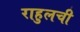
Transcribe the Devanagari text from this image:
राहुलची